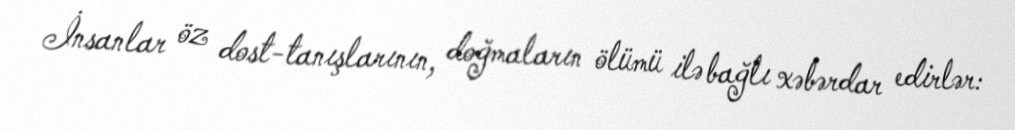
İnsanlar öz dost-tanışlarının, doğmaların ölümü ilə bağlı xəbərdar edirlər: